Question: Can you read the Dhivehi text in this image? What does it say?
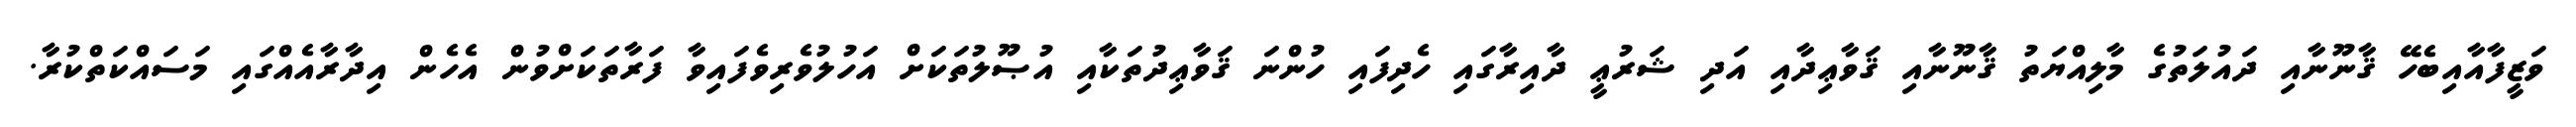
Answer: ވަޒީފާއާއިބެހޭ ޤާނޫނާއި ދައުލަތުގެ މާލިއްޔަތު ޤާނޫނާއި ޤަވާޢިދާއި އަދި ޝަރުޢީ ދާއިރާގައި ހެދިފައި ހުންނަ ޤަވާޢިދުތަކާއި އުޞޫލުތަކަށް އަހުލުވެރިވެފައިވާ ފަރާތަކަށްވުން އެހެން އިދާރާއެއްގައި މަސައްކަތްކުރާ.